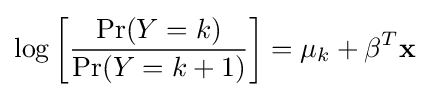
\log \left[{\frac {\Pr(Y=k)}{\Pr(Y=k+1)}}\right]=\mu _{k}+\mathbf {\beta } ^{T}\mathbf {x}